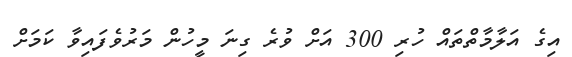
އިގެ އަލާމާތްތައް ހުރި 300 އަށް ވުރެ ގިނަ މީހުން މަރުވެފައިވާ ކަމަށް